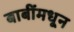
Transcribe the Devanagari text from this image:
बाबींमधून